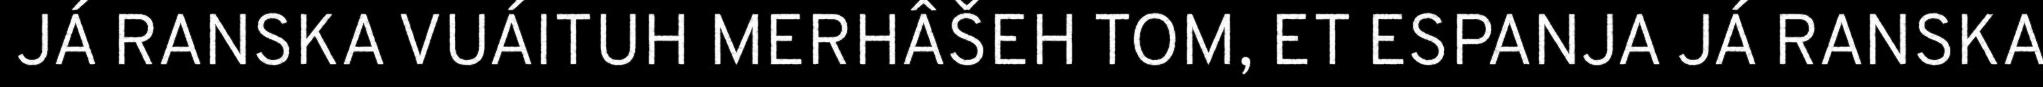
JÁ RANSKA VUÁITUH MERHÂŠEH TOM, ET ESPANJA JÁ RANSKA